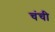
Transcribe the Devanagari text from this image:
चंची